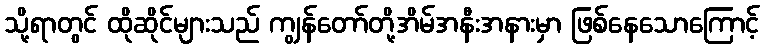
သို့ရာတွင် ထိုဆိုင်များသည် ကျွန်တော်တို့အိမ်အနီးအနားမှာ ဖြစ်နေသောကြောင့်